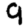
Digit: 9